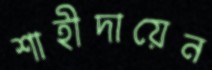
শাহীদায়েন